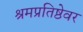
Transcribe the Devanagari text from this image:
श्रमप्रतिष्ठेवर